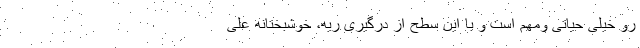
رو خیلی حیاتی ومهم است و با این سطح از درگیری ریه، خوشبختانه علی